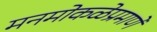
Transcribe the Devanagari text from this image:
मनमोकळेप्रमाणे